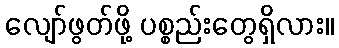
လျော်ဖွတ်ဖို့ ပစ္စည်းတွေရှိလား။